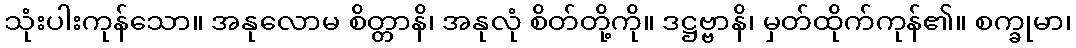
သုံးပါးကုန်သော။ အနုလောမ စိတ္တာနိ၊ အနုလုံ စိတ်တို့ကို။ ဒဋ္ဌဗ္ဗာနိ၊ မှတ်ထိုက်ကုန်၏။ စက္ခုမာ၊